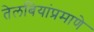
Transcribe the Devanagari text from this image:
तेलबियांप्रमाणे